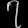
Digit: ၇